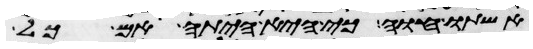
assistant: אשתו חוה כי היא היתה אם כל